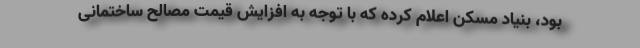
بود، بنیاد مسکن اعلام کرده که با توجه به افزایش قیمت مصالح ساختمانی